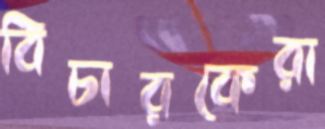
বিচারকেরা